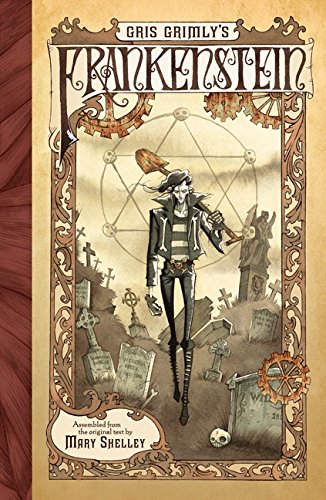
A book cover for Gris Grimly's Frankenstein; Mary Shelley; Comics & Graphic Novels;